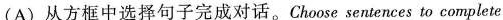
(A)从方框中选择句子完成对话。Choose sentences to complete